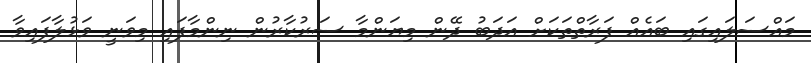
މައްސަލައިގައި ބައެއް ފަރާތްތަކަށް އަދަބު ދޭން މިޔަންމާ ސަރުކާރުން ނިންމާފައި މިވަނީ ވަޅުލާފައިވާ